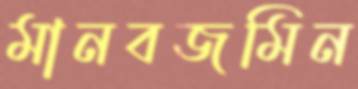
মানবজমিন